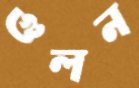
গুলন